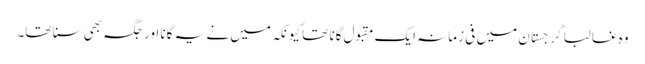
وہ غالبا گرجستان میں فی زمانہ ایک مقبول گانا تھا کیونکہ میں نے یہ گانا اور جگہ بھی سنا تھا۔